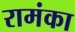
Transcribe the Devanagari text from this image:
रामंका